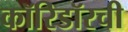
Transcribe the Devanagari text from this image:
कॉरिडॉरची